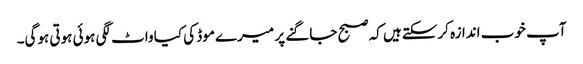
آپ خوب اندازہ کرسکتےہیں کہ صبح جاگنے پر میرے موڈ کی کیا واٹ لگی ہوئی ہوتی ہوگی۔